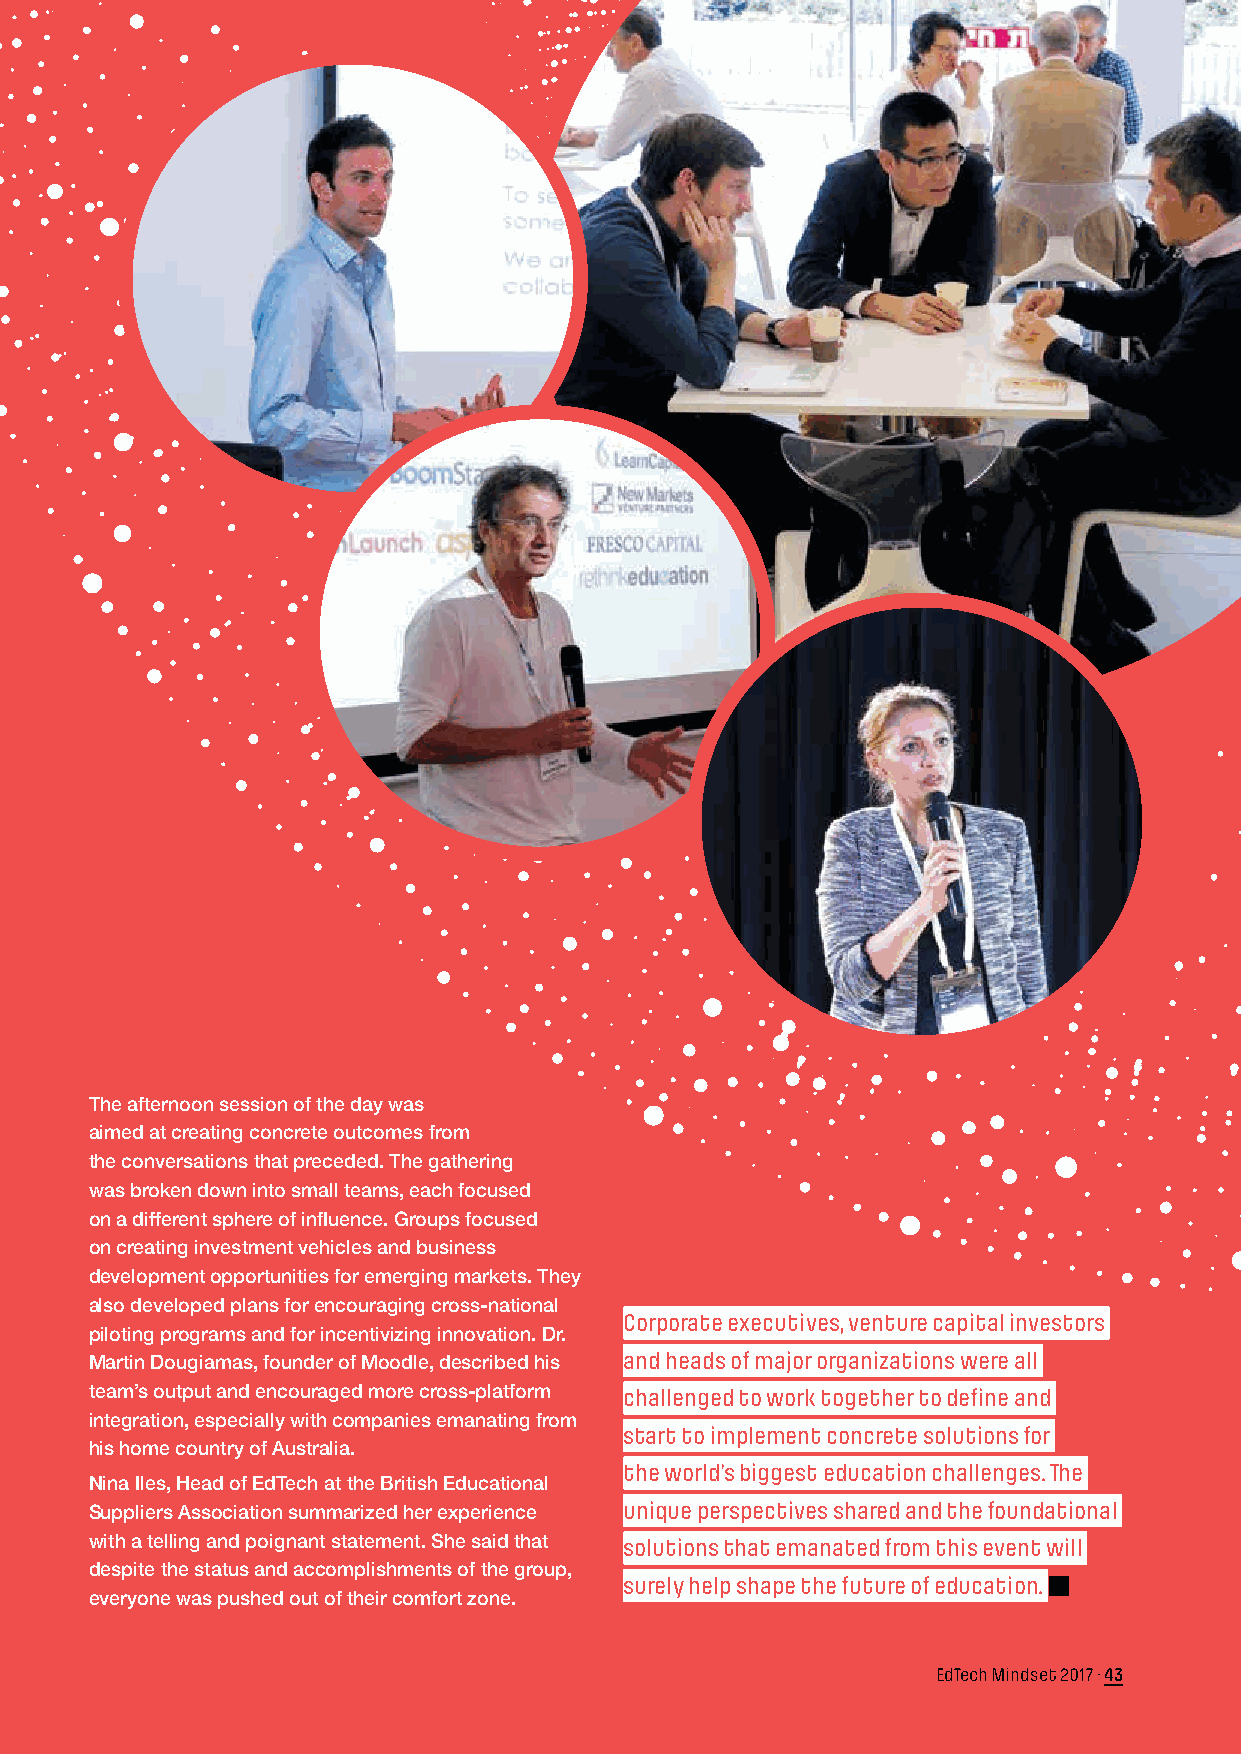
A Meeting of the Minds:
 Global Perspectives on
 EdTech Innovation
 Ovi Jacob
 The afternoon session of the day was
 aimed at creating concrete outcomes from
 the conversations that preceded. The gathering
 was broken down into small teams, each focused
 on a different sphere of influence. Groups focused
 on creating investment vehicles and business
 development opportunities for emerging markets. They
 also developed plans for encouraging cross-national
 Corporate executives, venture capital investors
 piloting programs and for incentivizing innovation. Dr.
 Martin Dougiamas, founder of Moodle, described his and heads of major organizations were all
 team’s output and encouraged more cross-platform challenged to work together to define and
 integration, especially with companies emanating from
 start to implement concrete solutions for
 his home country of Australia.
 the world’s biggest education challenges. The
 Nina Iles, Head of EdTech at the British Educational
 Suppliers Association summarized her experience unique perspectives shared and the foundational
 with a telling and poignant statement. She said that solutions that emanated from this event will
 despite the status and accomplishments of the group,
 surely help shape the future of education.
 everyone was pushed out of their comfort zone.
 EdTech Mindset 2017 · 43